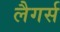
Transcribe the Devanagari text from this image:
लैगर्स